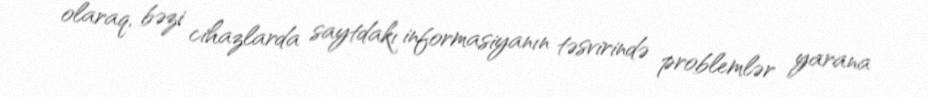
olaraq, bəzi cihazlarda saytdakı informasiyanın təsvirində problemlər yarana